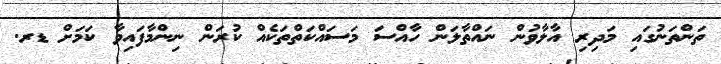
ތަންތަނުގައި މަދިރި އާލާވުން ނައްތާލަން ހާއްސަ މަސައްކަތްތަކެއް ކުރަން ނިންމާފައިވާ ކަމަށް ޑރ.